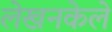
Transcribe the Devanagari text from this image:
लेखनकेले